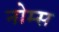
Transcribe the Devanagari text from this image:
नोम्स